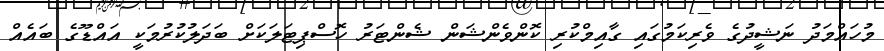
މުހައްމަދު ނަޝީދުގެ ވެރިކަމުގައި ގާއިމްކުރި ކޮންވެންޝަން ޝެންޓަރު ހޮސްޕިޓަލަކަށް ބަދަލުކުރުމަކީ އައްޑޫގެ ބައެއް